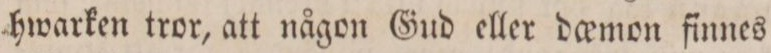
hwarken tror, att någon Gud eller do_emon finnes